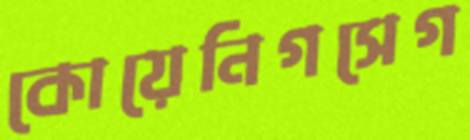
কোয়েনিগসেগ